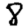
Digit: 8